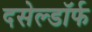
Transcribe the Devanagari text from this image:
दसेल्डॉर्फ